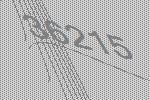
36215